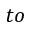
t o